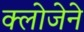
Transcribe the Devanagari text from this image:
क्लोजेने